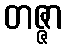
တဇ္ဇာ